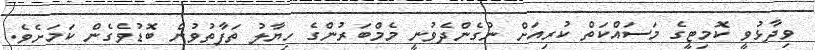
ވިދާޅުވީ ކޮމިޓީގެ މަސައްކަތް ކުރިއަށް ނުގެންދެވުނީ މެމްބަރުންގެ ހިޔާލު ތަފާތުވުން ބޮޑުވެގެން ކަމަށެވެ.